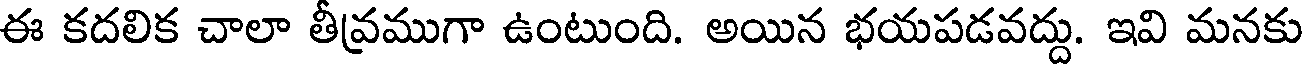
ఈ కదలిక చాలా తీవ్రముగా ఉంటుంది. అయిన భయపడవద్దు. ఇవి మనకు